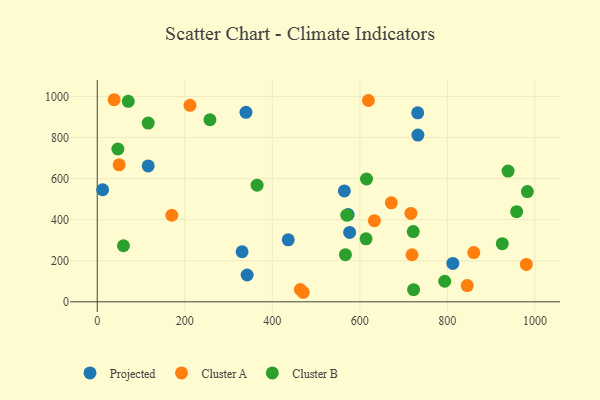
{"axis": {"x": "Ad Spend", "y": "Demand"}, "legend": ["Cluster A", "Cluster B", "Projected"], "data": [{"x": "573.2", "y": 424.7, "type": "Projected"}, {"x": "732.2", "y": 920.8, "type": "Projected"}, {"x": "339.8", "y": 923.1, "type": "Projected"}, {"x": "330.9", "y": 243.7, "type": "Projected"}, {"x": "576.7", "y": 338.2, "type": "Projected"}, {"x": "12.3", "y": 545.9, "type": "Projected"}, {"x": "116.4", "y": 661.7, "type": "Projected"}, {"x": "732.7", "y": 812.0, "type": "Projected"}, {"x": "342.5", "y": 130.6, "type": "Projected"}, {"x": "812.5", "y": 186.8, "type": "Projected"}, {"x": "564.6", "y": 540.0, "type": "Projected"}, {"x": "436.4", "y": 301.9, "type": "Projected"}, {"x": "716.7", "y": 430.7, "type": "Cluster A"}, {"x": "50.1", "y": 667.4, "type": "Cluster A"}, {"x": "463.9", "y": 60.0, "type": "Cluster A"}, {"x": "211.9", "y": 957.3, "type": "Cluster A"}, {"x": "980.4", "y": 182.0, "type": "Cluster A"}, {"x": "671.9", "y": 482.0, "type": "Cluster A"}, {"x": "38.6", "y": 984.4, "type": "Cluster A"}, {"x": "860.3", "y": 240.0, "type": "Cluster A"}, {"x": "845.3", "y": 79.2, "type": "Cluster A"}, {"x": "719.2", "y": 229.2, "type": "Cluster A"}, {"x": "170.4", "y": 421.6, "type": "Cluster A"}, {"x": "619.6", "y": 980.7, "type": "Cluster A"}, {"x": "633.2", "y": 395.1, "type": "Cluster A"}, {"x": "470.6", "y": 46.4, "type": "Cluster A"}, {"x": "793.9", "y": 100.0, "type": "Cluster B"}, {"x": "257.5", "y": 886.9, "type": "Cluster B"}, {"x": "938.7", "y": 636.9, "type": "Cluster B"}, {"x": "722.0", "y": 341.9, "type": "Cluster B"}, {"x": "615.3", "y": 598.1, "type": "Cluster B"}, {"x": "958.3", "y": 439.2, "type": "Cluster B"}, {"x": "365.2", "y": 567.9, "type": "Cluster B"}, {"x": "567.1", "y": 229.5, "type": "Cluster B"}, {"x": "982.8", "y": 537.1, "type": "Cluster B"}, {"x": "70.9", "y": 976.4, "type": "Cluster B"}, {"x": "925.5", "y": 283.0, "type": "Cluster B"}, {"x": "47.2", "y": 744.3, "type": "Cluster B"}, {"x": "570.2", "y": 422.2, "type": "Cluster B"}, {"x": "722.8", "y": 58.9, "type": "Cluster B"}, {"x": "116.4", "y": 870.7, "type": "Cluster B"}, {"x": "614.2", "y": 307.0, "type": "Cluster B"}, {"x": "59.9", "y": 273.1, "type": "Cluster B"}]}